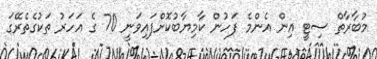
މުބާރާތް ސިޓީ އިން އެންމެ ފަހުން ކާމިޔާބުކޮށްފައިވަނީ 70 ގެ އަހަރު ތަކުގެތެރޭގަ